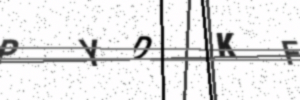
Text: PYDKF